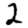
Digit: 2